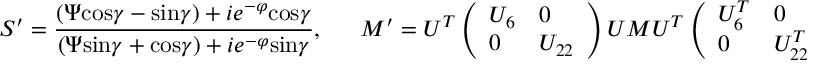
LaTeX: S ^ { \prime } = { \frac { ( \Psi \mathrm { c o s } \gamma - \mathrm { s i n } \gamma ) + i e ^ { - \varphi } \mathrm { c o s } \gamma } { ( \Psi \mathrm { s i n } \gamma + \mathrm { c o s } \gamma ) + i e ^ { - \varphi } \mathrm { s i n } \gamma } } , \ \ \ \ \ \ \ M ^ { \prime } = { \cal U } ^ { T } \left( \begin{array} { l l } { { U _ { 6 } } } & { { 0 } } \\ { { 0 } } & { { U _ { 2 2 } } } \end{array} \right) { \cal U } M { \cal U } ^ { T } \left( \begin{array} { l l } { { U _ { 6 } ^ { T } } } & { { 0 } } \\ { { 0 } } & { { U _ { 2 2 } ^ { T } } } \end{array} \right) { \cal U } ,